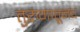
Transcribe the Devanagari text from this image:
तुरुंगातूनच